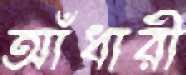
আঁধারী